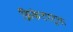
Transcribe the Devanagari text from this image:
क्रिकेटपटूंचा